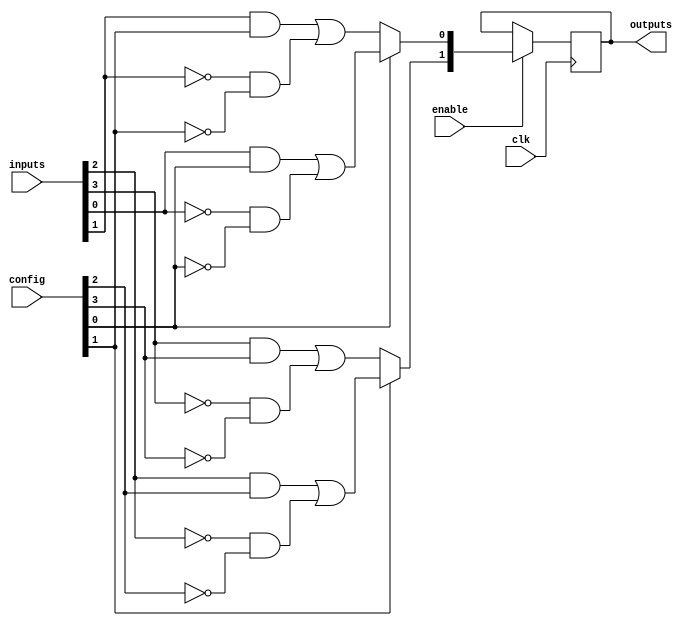
module CLB (
    input wire [N-1:0] inputs,          // Input signals (N inputs)
    input wire [M-1:0] config,          // Configuration bits for LUTs and MUXes
    input wire clk,                      // Clock signal for flip-flops
    input wire enable,                   // Enable signal for power management
    output wire [P-1:0] outputs         // Output signals (P outputs)
);

parameter N = 4; // Number of input signals
parameter M = 4; // Number of configuration bits (for example)
parameter P = 2; // Number of output signals

// LUTs for combinational logic
wire [N-1:0] lut_out;
genvar i;
generate
    for (i = 0; i < N; i = i + 1) begin : lut
        // Example LUT implementation (2-input LUT for simplicity)
        assign lut_out[i] = (inputs[i] & config[i]) | (~inputs[i] & ~config[i]);
    end
endgenerate

// MUXes for selecting outputs
wire [P-1:0] mux_out;
assign mux_out[0] = (config[0]) ? lut_out[0] : lut_out[1];
assign mux_out[1] = (config[1]) ? lut_out[2] : lut_out[3];

// Registers for storing output states
reg [P-1:0] reg_out;
always @(posedge clk) begin
    if (enable) begin
        reg_out <= mux_out; // Store selected output in registers
    end
end

// Final outputs
assign outputs = reg_out;

endmodule